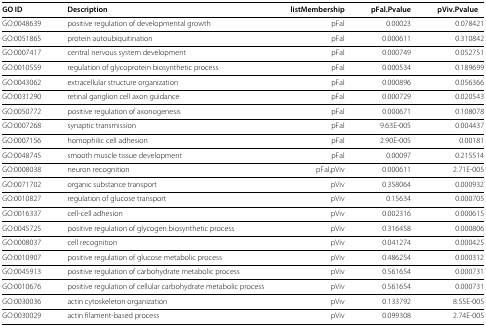
<table><thead><tr><td><b>GO ID</b></td><td><b>Description</b></td><td><b>listMembership</b></td><td><b>pFal.Pvalue</b></td><td><b>pViv.Pvalue</b></td></tr></thead><tbody><tr><td>GO:0048639</td><td>positive regulation of developmental growth</td><td>pFal</td><td>0.00023</td><td>0.078421</td></tr><tr><td>GO:0051865</td><td>protein autoubiquitination</td><td>pFal</td><td>0.000611</td><td>0.310842</td></tr><tr><td>GO:0007417</td><td>central nervous system development</td><td>pFal</td><td>0.000749</td><td>0.052751</td></tr><tr><td>GO:0010559</td><td>regulation of glycoprotein biosynthetic process</td><td>pFal</td><td>0.000534</td><td>0.189699</td></tr><tr><td>GO:0043062</td><td>extracellular structure organization</td><td>pFal</td><td>0.000896</td><td>0.056366</td></tr><tr><td>GO:0031290</td><td>retinal ganglion cell axon guidance</td><td>pFal</td><td>0.000729</td><td>0.020543</td></tr><tr><td>GO:0050772</td><td>positive regulation of axonogenesis</td><td>pFal</td><td>0.000671</td><td>0.108078</td></tr><tr><td>GO:0007268</td><td>synaptic transmission</td><td>pFal</td><td>9.63E-005</td><td>0.004437</td></tr><tr><td>GO:0007156</td><td>homophilic cell adhesion</td><td>pFal</td><td>2.90E-005</td><td>0.00181</td></tr><tr><td>GO:0048745</td><td>smooth muscle tissue development</td><td>pFal</td><td>0.00097</td><td>0.215514</td></tr><tr><td>GO:0008038</td><td>neuron recognition</td><td>pFal,pViv</td><td>0.000611</td><td>2.71E-005</td></tr><tr><td>GO:0071702</td><td>organic substance transport</td><td>pViv</td><td>0.358064</td><td>0.000932</td></tr><tr><td>GO:0010827</td><td>regulation of glucose transport</td><td>pViv</td><td>0.15634</td><td>0.000705</td></tr><tr><td>GO:0016337</td><td>cell-cell adhesion</td><td>pViv</td><td>0.002316</td><td>0.000615</td></tr><tr><td>GO:0045725</td><td>positive regulation of glycogen biosynthetic process</td><td>pViv</td><td>0.316458</td><td>0.000806</td></tr><tr><td>GO:0008037</td><td>cell recognition</td><td>pViv</td><td>0.041274</td><td>0.000425</td></tr><tr><td>GO:0010907</td><td>positive regulation of glucose metabolic process</td><td>pViv</td><td>0.486254</td><td>0.000312</td></tr><tr><td>GO:0045913</td><td>positive regulation of carbohydrate metabolic process</td><td>pViv</td><td>0.561654</td><td>0.000731</td></tr><tr><td>GO:0010676</td><td>positive regulation of cellular carbohydrate metabolic process</td><td>pViv</td><td>0.561654</td><td>0.000731</td></tr><tr><td>GO:0030036</td><td>actin cytoskeleton organization</td><td>pViv</td><td>0.133792</td><td>8.55E-005</td></tr><tr><td>GO:0030029</td><td>actin filament-based process</td><td>pViv</td><td>0.099308</td><td>2.74E-005</td></tr></tbody></table>